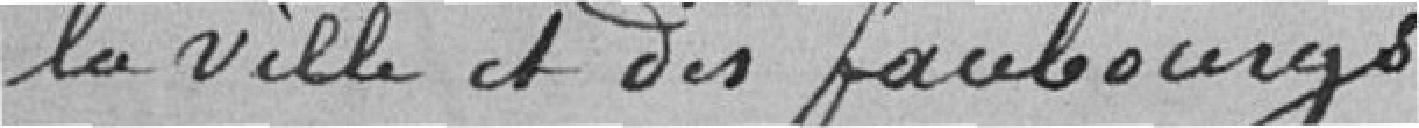
la Ville et les faubourgs.